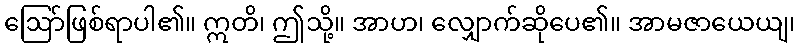
ဩော်ဖြစ်ရာပါ၏။ ဣတိ၊ ဤသို့။ အာဟ၊ လျှောက်ဆိုပေ၏။ အာမဇာယေယျ၊